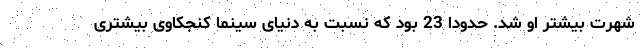
شهرت بیشتر او شد. حدودا 23 بود که نسبت به دنیای سینما کنجکاوی بیشتری